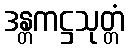
ဒန္တကဋ္ဌသုတ္တံ